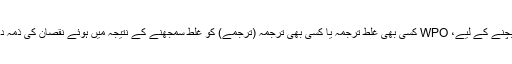
کسی شبہے سے بچنے کے لیے، WPO کسی بھی غلط ترجمہ یا کسی بھی ترجمہ (ترجمے) کو غلط سمجھنے کے نتیجہ میں ہوئے نقصان کی ذمہ داری نہیں لیتا ہے۔